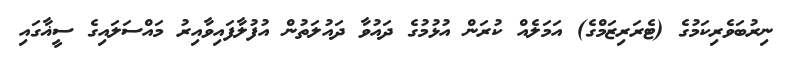
ނިރުބަވެރިކަމުގެ (ޓެރަރިޒަމްގެ) އަމަލެއް ކުރަން އުޅުމުގެ ދައުވާ ދައުލަތުން އުފުލާފައިވާއިރު މައްސަލައިގެ ސީޣާގައި